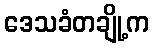
ဒေသခံတချို့က